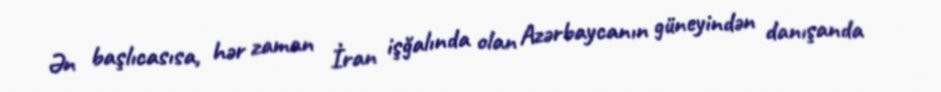
Ən başlıcasısa, hər zaman İran işğalında olan Azərbaycanın güneyindən danışanda